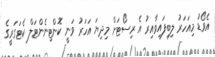
އެވޯޑު މިއަހަރު ލިބިފައިވާއިރު އެ ރިސޯޓަށް މިދިޔަ އަހަރު ވަނީ ކޮންޓިނެންޓަލް ކެޓަގަރީގެ